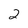
Character: 2